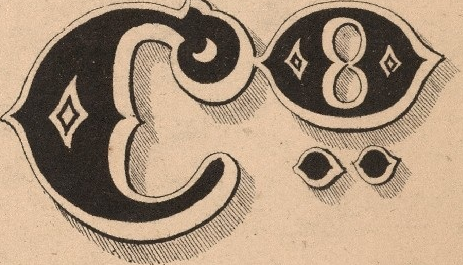
CO..